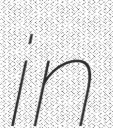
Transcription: in